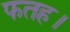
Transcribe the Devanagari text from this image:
फतह।